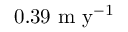
\mathrm { 0 . 3 9 \ m \ y ^ { - 1 } }